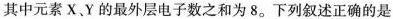
其中元素X，Y的最外层电子数之和为8。下列叙述正确的是